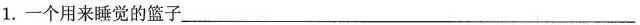
1.一个用来睡觉的篮子___